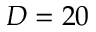
D = 2 0